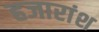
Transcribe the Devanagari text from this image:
हजारांश